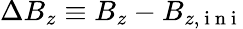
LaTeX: \Delta B_{z}\equiv B_{z}-B_{z,\mathrm{~i~n~i~}}